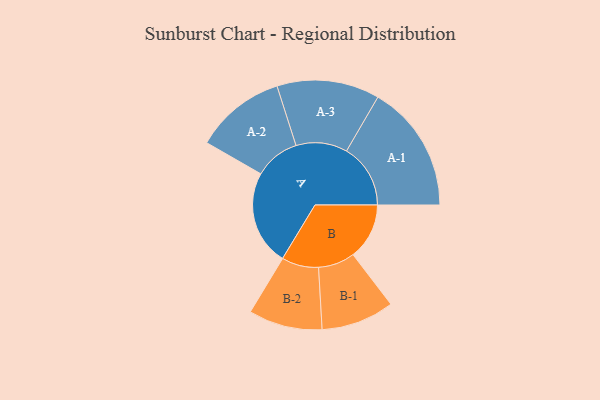
{"axis": {"x": "Segment", "y": "Value"}, "legend": ["", "A", "B"], "data": [{"x": "A", "y": 270, "type": ""}, {"x": "B", "y": 160, "type": ""}, {"x": "A-1", "y": 182, "type": "A"}, {"x": "A-2", "y": 129, "type": "A"}, {"x": "A-3", "y": 146, "type": "A"}, {"x": "B-1", "y": 104, "type": "B"}, {"x": "B-2", "y": 105, "type": "B"}]}